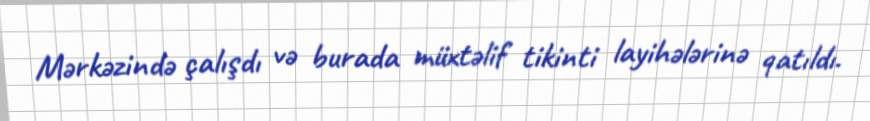
Mərkəzində çalışdı və burada müxtəlif tikinti layihələrinə qatıldı.